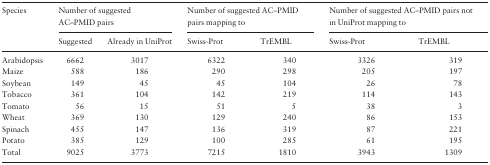
| <ROWSPAN=2> Species | <COLSPAN=2> Number of suggested AC–PMID pairs | <COLSPAN=2> Number of suggested AC–PMID pairs mapping to | <COLSPAN=2> Number of suggested AC–PMID pairs not in UniProt mapping to |
 | Suggested | Already in UniProt | Swiss-Prot | TrEMBL | Swiss-Prot | TrEMBL |
 | --- | --- | --- | --- | --- | --- | --- |
 | Arabidopsis | 6662 | 3017 | 6322 | 340 | 3326 | 319 |
 | Maize | 588 | 186 | 290 | 298 | 205 | 197 |
 | Soybean | 149 | 45 | 45 | 104 | 26 | 78 |
 | Tobacco | 361 | 104 | 142 | 219 | 114 | 143 |
 | Tomato | 56 | 15 | 51 | 5 | 38 | 3 |
 | Wheat | 369 | 130 | 129 | 240 | 86 | 153 |
 | Spinach | 455 | 147 | 136 | 319 | 87 | 221 |
 | Potato | 385 | 129 | 100 | 285 | 61 | 195 |
 | Total | 9025 | 3773 | 7215 | 1810 | 3943 | 1309 |